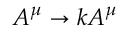
A ^ { \mu } \rightarrow k A ^ { \mu }